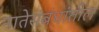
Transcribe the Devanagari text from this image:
नातेसंबंधांतील